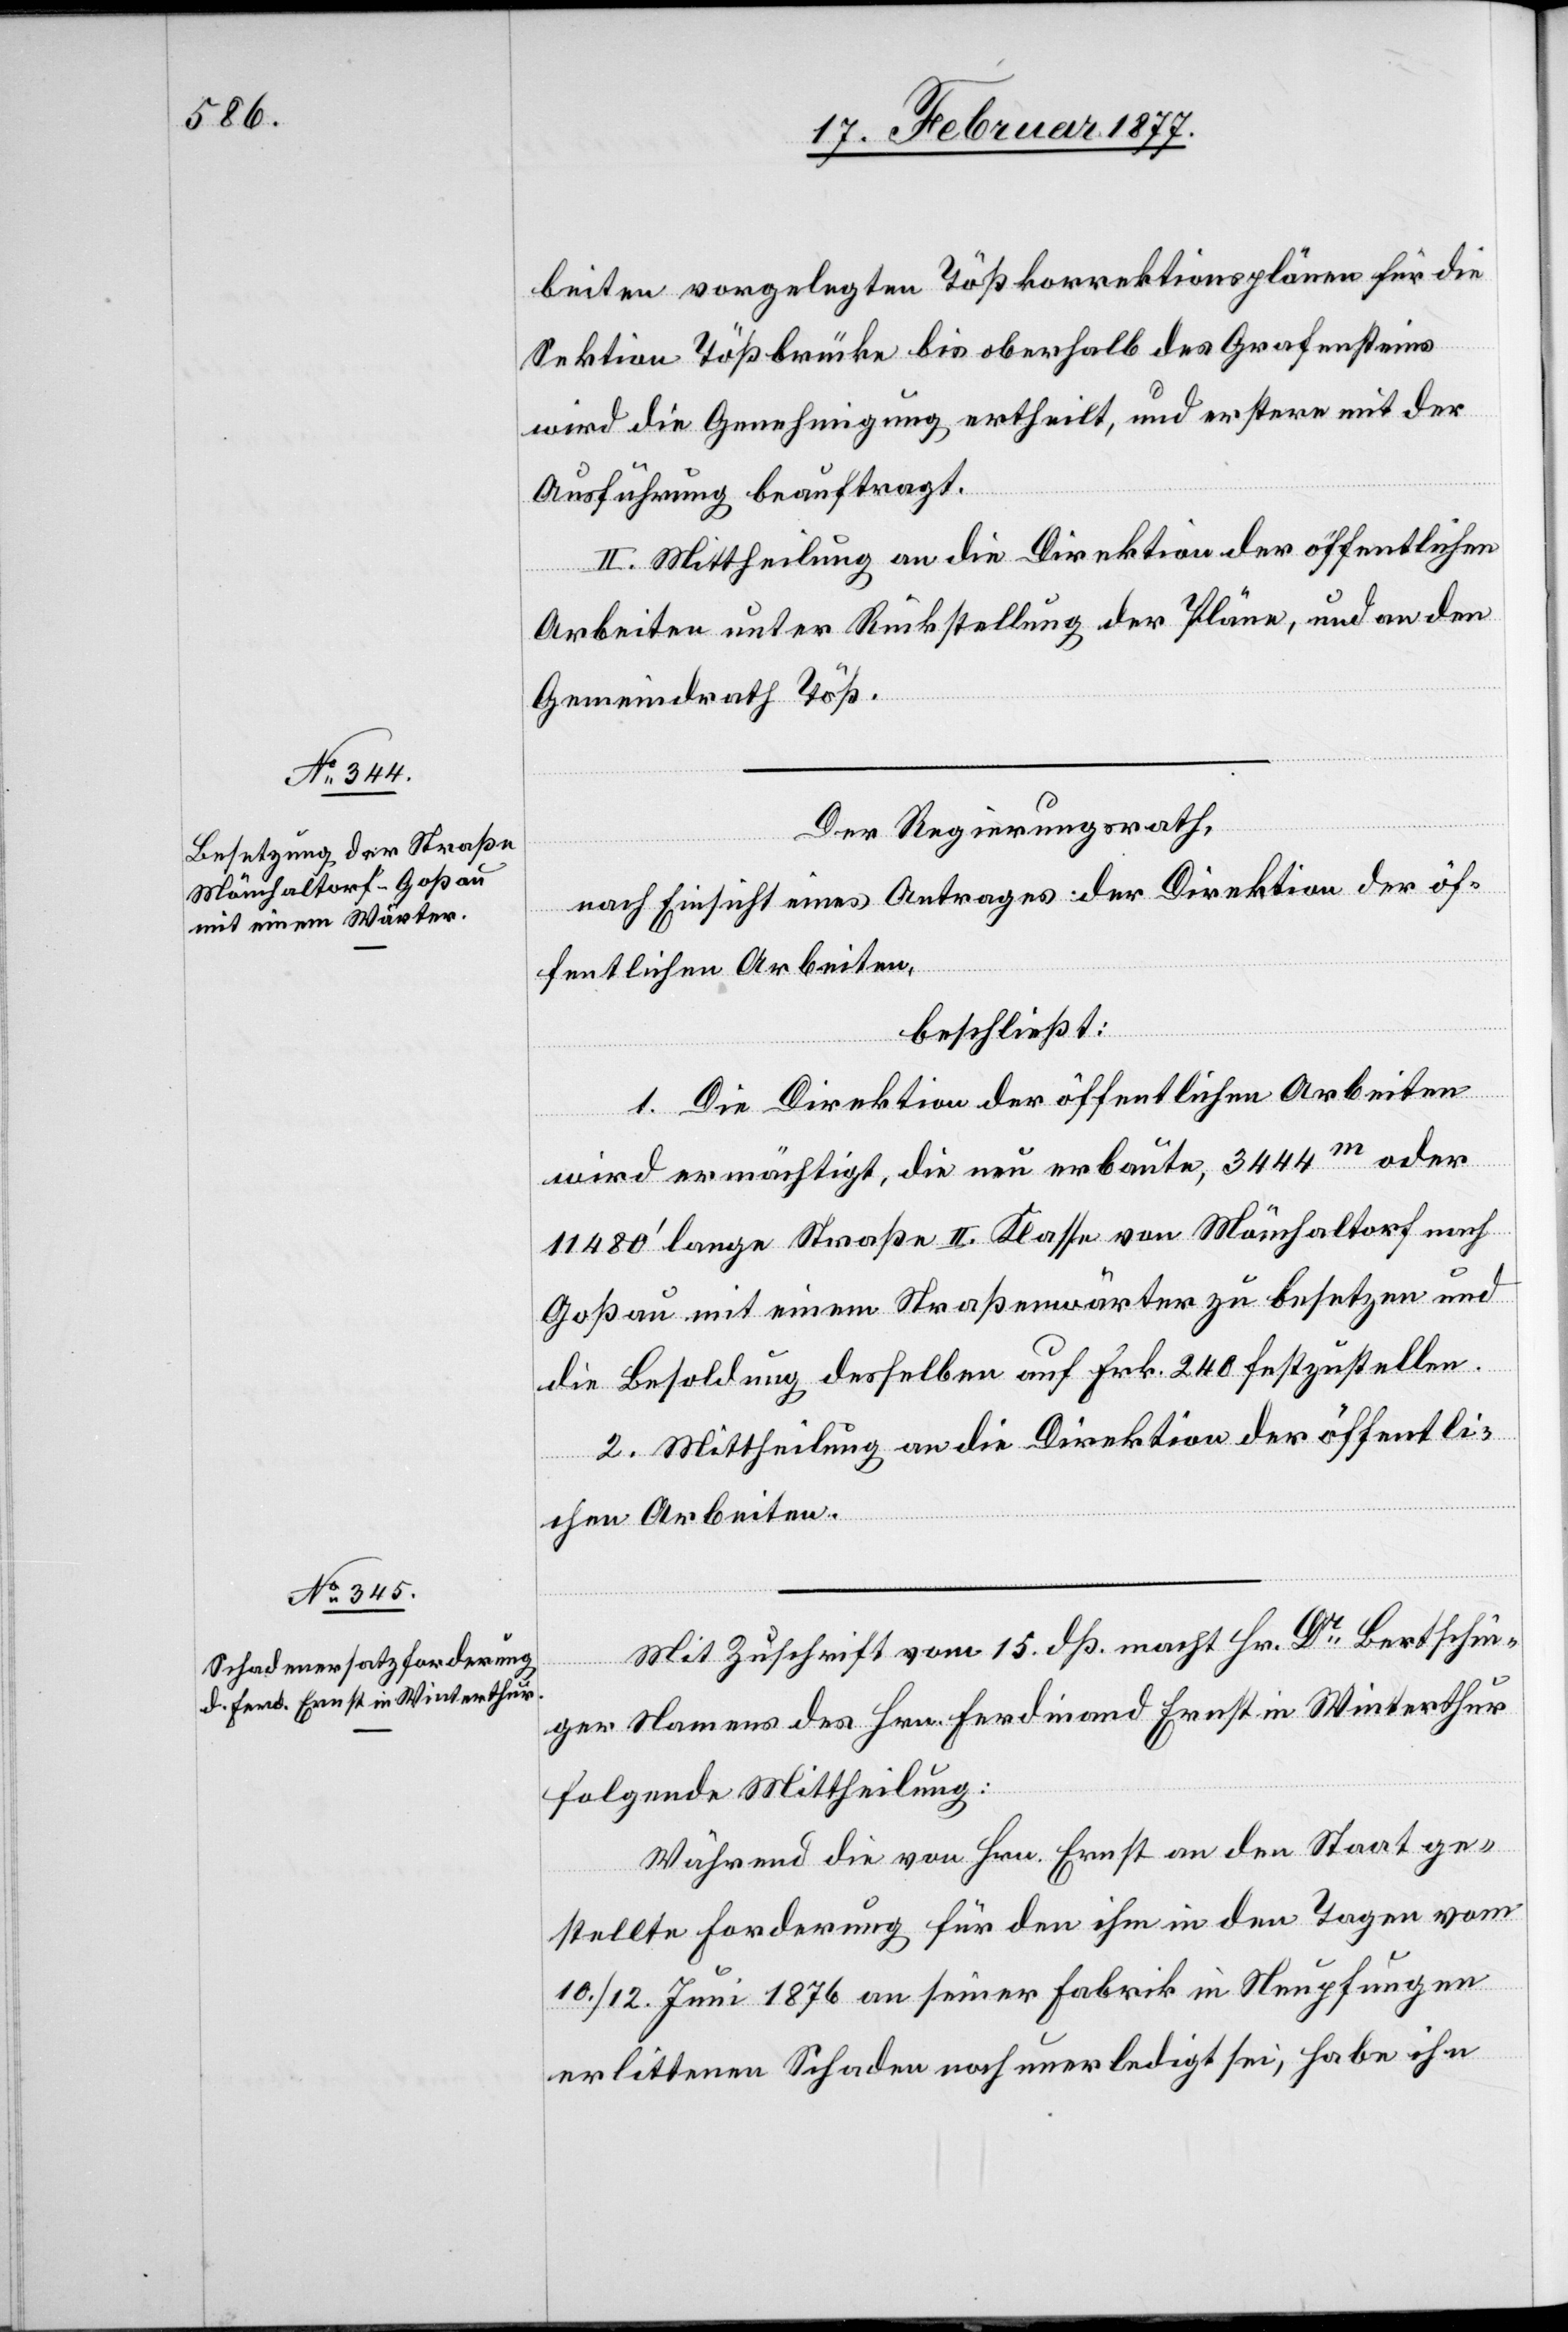
beiten vorgelegten Tößkorrektionsplänen für die
Sektion Tößbrücke bis oberhalb des Grafensteins
wird die Genehmigung ertheilt, und erstere mit der
Ausführung beauftragt.
II. Mittheilung an die Direktion der öffentlichen
Arbeiten unter Rückstellung der Pläne, und an den
Gemeindrath Töß.
Der Regierungsrath,
nach Einsicht eines Antrages der Direktion der öf¬
fentlichen Arbeiten,
beschließt:
1. Die Direktion der öffentlichen Arbeiten
wird ermächtigt, die neu erbaute, 3444m oder
11,480’ lange Straße II. Klasse von Mönchaltorf nach
Goßau mit einem Straßenwärter zu besetzen und
die Besoldung desselben auf Frk. 240 festzustellen.
2. Mittheilung an die Direktion der öffentli¬
chen Arbeiten.
Mit Zuschrift vom 15. dß. macht Hr. Dr Bertschin¬
ger Namens des Ferdinand Ernst in Winterthur
folgende Mittheilung:
Während die von Hrn. Ernst an den Staat ge¬
stellte Forderung für den ihm in den Tagen vom
10./12. Juni 1876 an seiner Fabrik in Neupfungen
erlittenen Schaden noch unerledigt sei, habe ihn